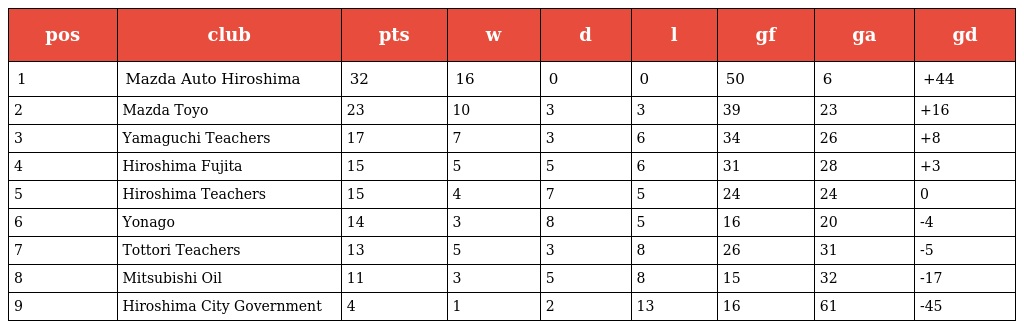
| pos | club | pts | w | d | l | gf | ga | gd |
 | --- | --- | --- | --- | --- | --- | --- | --- | --- |
 | 1 | Mazda Auto Hiroshima | 32 | 16 | 0 | 0 | 50 | 6 | +44 |
 | 2 | Mazda Toyo | 23 | 10 | 3 | 3 | 39 | 23 | +16 |
 | 3 | Yamaguchi Teachers | 17 | 7 | 3 | 6 | 34 | 26 | +8 |
 | 4 | Hiroshima Fujita | 15 | 5 | 5 | 6 | 31 | 28 | +3 |
 | 5 | Hiroshima Teachers | 15 | 4 | 7 | 5 | 24 | 24 | 0 |
 | 6 | Yonago | 14 | 3 | 8 | 5 | 16 | 20 | -4 |
 | 7 | Tottori Teachers | 13 | 5 | 3 | 8 | 26 | 31 | -5 |
 | 8 | Mitsubishi Oil | 11 | 3 | 5 | 8 | 15 | 32 | -17 |
 | 9 | Hiroshima City Government | 4 | 1 | 2 | 13 | 16 | 61 | -45 |